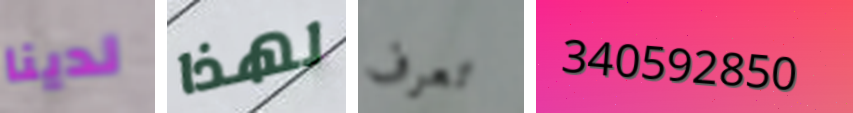
لدينا لهذا تعرف 340592850